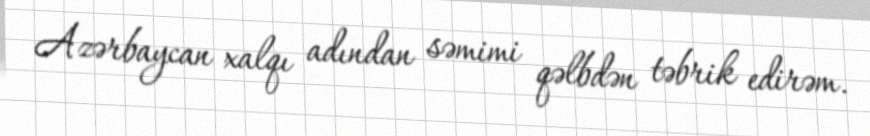
Azərbaycan xalqı adından səmimi qəlbdən təbrik edirəm.